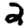
Digit: 2